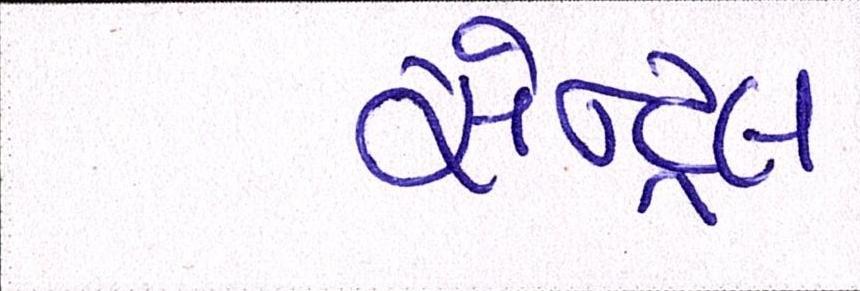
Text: સેન્ટ્રલ